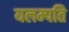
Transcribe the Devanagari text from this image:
यलम्पति